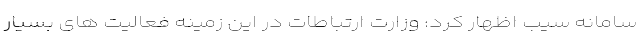
سامانه سیب اظهار کرد: وزارت ارتباطات در این زمینه فعالیت های بسیار